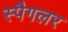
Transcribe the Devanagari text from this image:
स्पैगलर